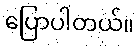
ပြောပါတယ်။